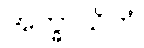
အက္ခာယိတံ